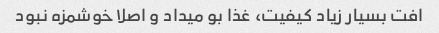
افت بسیار زیاد کیفیت، غذا بو میداد و اصلا خوشمزه نبود